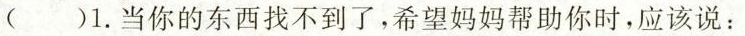
( )1.当你的东西找不到了,希望妈妈帮助你时,应该说: